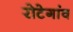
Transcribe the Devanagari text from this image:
रोटेगांव